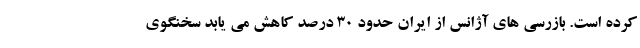
کرده است. بازرسی های آژانس از ایران حدود ۳۰ درصد کاهش می یابد سخنگوی